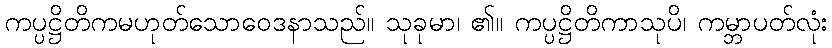
ကပ္ပဋ္ဌိတိကမဟုတ်သောဝေဒနာသည်။ သုခုမာ၊ ၏။ ကပ္ပဋ္ဌိတိကာသုပိ၊ ကမ္ဘာပတ်လုံး